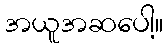
အယူအဆပေါ့။